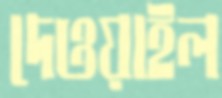
দেওয়াইল